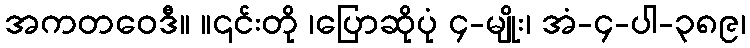
အကတဝေဒီ။ ။၎င်းတို ၊ပြောဆိုပုံ ၄-မျိုး၊ အံ-၄-ပါ-၃၈၉၊